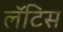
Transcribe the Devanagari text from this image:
लॅटिस